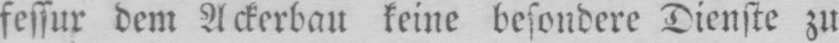
fessur dem Ackerbau keine besondere Dienste zu